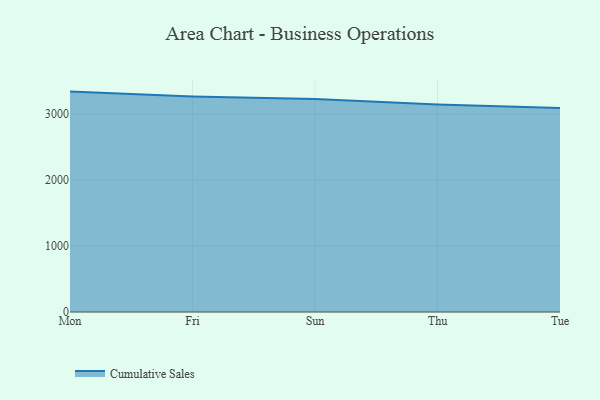
{"axis": {"x": "Day", "y": "Satisfaction Score"}, "legend": ["Cumulative Sales"], "data": [{"x": "Mon", "y": 3341.5, "type": "Cumulative Sales"}, {"x": "Fri", "y": 3266.8, "type": "Cumulative Sales"}, {"x": "Sun", "y": 3229.4, "type": "Cumulative Sales"}, {"x": "Thu", "y": 3146.6, "type": "Cumulative Sales"}, {"x": "Tue", "y": 3091.9, "type": "Cumulative Sales"}]}